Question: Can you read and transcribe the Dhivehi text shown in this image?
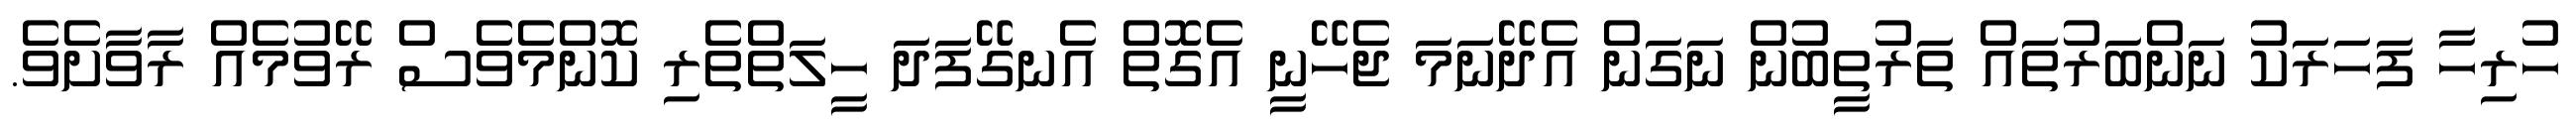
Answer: ހުރިހާ ފަހަރަކު ނަންބަރުތައް ތަރުތީބުން ނަގަން އެދޭނަމަ ޖެހޭނީ އެގޮތް އެނގޭފަދަ ހީލަތްތެރި ކޮންމެވެސް ރޭވުމެއް ރާވާށެވެ.